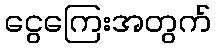
ငွေကြေးအတွက်